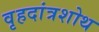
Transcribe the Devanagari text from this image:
वृहदांत्रशोथ